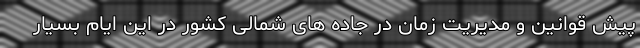
پیش قوانین و مدیریت زمان در جاده های شمالی کشور در این ایام بسیار